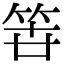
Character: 𮅉